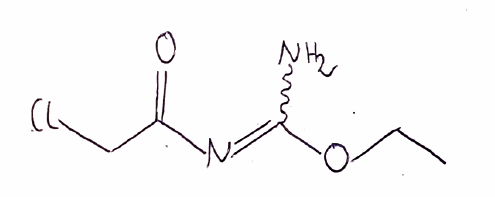
Simplified molecular-input line-entry system (SMILES) notation of the given molecule:
CCOC(=NC(=O)CCl)N